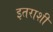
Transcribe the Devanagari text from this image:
इतराशी